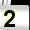
Digit: 2